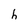
Character: h